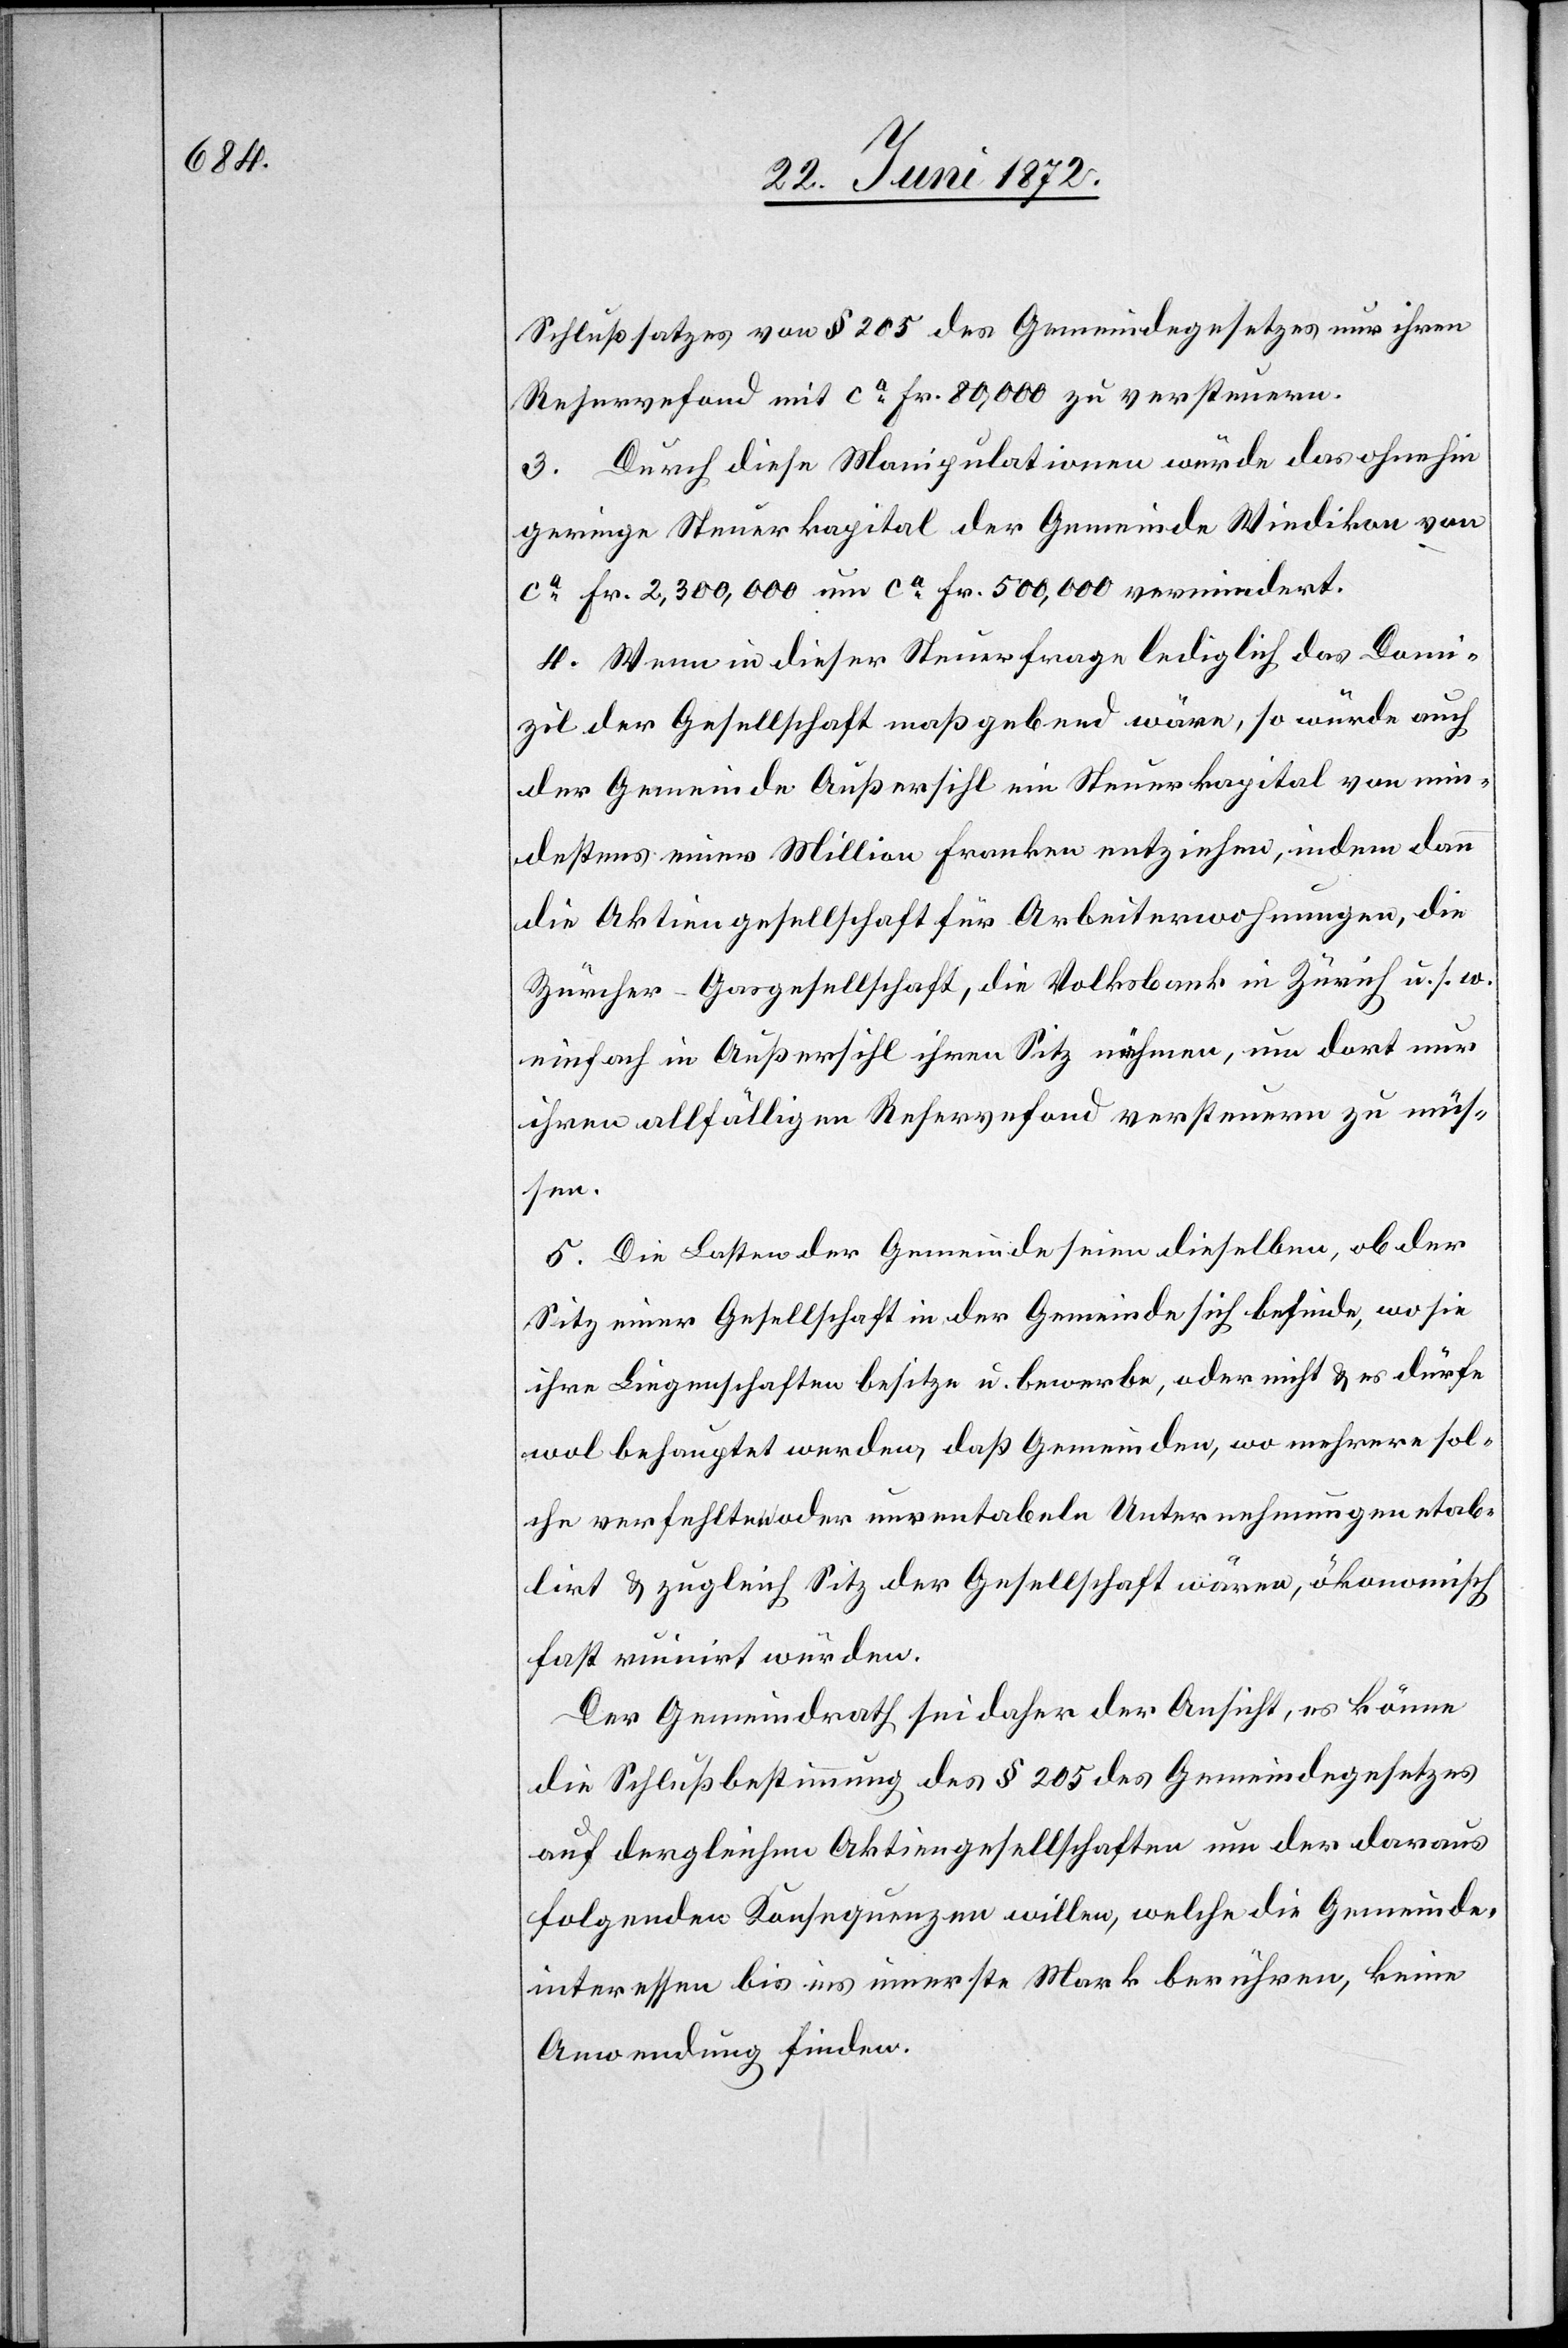
Schlußsatzes von § 205 des Gemeindegesetzes nur ihren
Reservefond mit ca Fr. 80,000 zu versteuern.
3. Durch diese Manipulationen würde das ohnehin
geringe Steuerkapital der Gemeinde Wiedikon von
ca Fr. 2,300,000 um ca Fr. 500,000 vermindert.
4. Wenn in dieser Steuerfrage lediglich das Domi¬
zil der Gesellschaft maßgebend wäre, so würde auch
der Gemeinde Außersihl ein Steuerkapital von min¬
destens einer Million Franken entziehen, indem dann
die Aktiengesellschaft für Arbeiterwohnungen, die
Zürcher-Gasgesellschaft, die Volksbank in Zürich u. s. w.
einfach in Außersihl ihren Sitz nehmen, um dort nur
ihren allfälligen Reservefond versteuern zu müß¬
en.
5. Die Lasten der Gemeinde seien dieselben, ob der
Sitz einer Gesellschaft in der Gemeinde sich befinde, wo sie
ihre Liegenschaften besitze u. bewerbe, oder nicht u. es dürfe
wol behauptet werden, daß Gemeinden, wo mehrere sol¬
che verfehlten oder unrentabeln Unternehmungen etab¬
lirt u. zugleich Sitz der Gesellschaft wären, ökonomisch
fast ruinirt würden.
Der Gemeindrath sei daher der Ansicht, es könne
die Schlußbestimmung des § 205 des Gemeindegesetzes
auf dergleichen Aktiengesellschaften um der daraus
folgenden Konsequenzen willen, welche die Gemeinde¬
interessen bis ins innerste Mark berühren, keine
Anwendung finden.